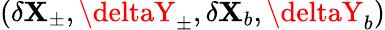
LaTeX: (\delta\mathbf{X}_{\pm},\deltaY_{\pm},\delta\mathbf{X}_{b},\deltaY_{b})